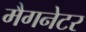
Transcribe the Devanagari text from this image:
मैगनेटर